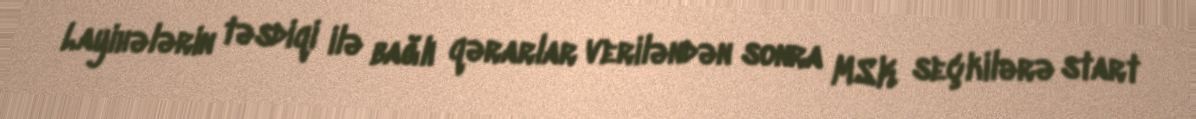
Layihələrin təsdiqi ilə bağlı qərarlar veriləndən sonra MSK seçkilərə start